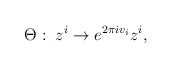
\begin{align*}\Theta :\; z^i \rightarrow e^{2\pi iv_i} z^i,\end{align*}